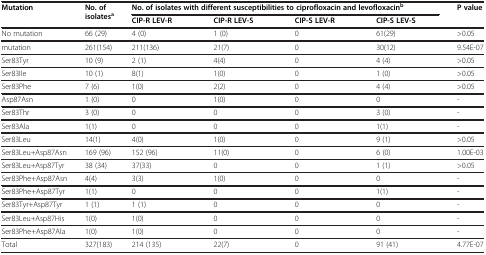
<table><thead><tr><td rowspan="2"><b>Mutation</b></td><td rowspan="2"><b>No. of isolates<sup>a</sup></b></td><td colspan="4"><b>No. of isolates with different susceptibilities to ciprofloxacin and levofloxacin<sup>b</sup></b></td><td rowspan="2"><b>P value</b></td></tr><tr><td><b>CIP-R LEV-R</b></td><td><b>CIP-R LEV-S</b></td><td><b>CIP-S LEV-R</b></td><td><b>CIP-S LEV-S</b></td></tr></thead><tbody><tr><td>No mutation</td><td>66 (29)</td><td>4 (0)</td><td>1 (0)</td><td>0</td><td>61(29)</td><td>&gt;0.05</td></tr><tr><td>mutation</td><td>261(154)</td><td>211(136)</td><td>21(7)</td><td>0</td><td>30(12)</td><td>9.54E-07</td></tr><tr><td>Ser83Tyr</td><td>10 (9)</td><td>2 (1)</td><td>4(4)</td><td>0</td><td>4 (4)</td><td>&gt;0.05</td></tr><tr><td>Ser83Ile</td><td>10 (1)</td><td>8(1)</td><td>1(0)</td><td>0</td><td>1 (0)</td><td>&gt;0.05</td></tr><tr><td>Ser83Phe</td><td>7 (6)</td><td>1(0)</td><td>2(2)</td><td>0</td><td>4 (4)</td><td>&gt;0.05</td></tr><tr><td>Asp87Asn</td><td>1 (0)</td><td>0</td><td>1(0)</td><td>0</td><td>0</td><td>-</td></tr><tr><td>Ser83Thr</td><td>3 (0)</td><td>0</td><td>0</td><td>0</td><td>3 (0)</td><td>-</td></tr><tr><td>Ser83Ala</td><td>1(1)</td><td>0</td><td>0</td><td>0</td><td>1(1)</td><td>-</td></tr><tr><td>Ser83Leu</td><td>14(1)</td><td>4(0)</td><td>1(0)</td><td>0</td><td>9 (1)</td><td>&gt;0.05</td></tr><tr><td>Ser83Leu+Asp87Asn</td><td>169 (96)</td><td>152 (96)</td><td>11(0)</td><td>0</td><td>6 (0)</td><td>1.00E-03</td></tr><tr><td>Ser83Leu+Asp87Tyr</td><td>38 (34)</td><td>37(33)</td><td>0</td><td>0</td><td>1 (1)</td><td>&gt;0.05</td></tr><tr><td>Ser83Phe+Asp87Asn</td><td>4(4)</td><td>3(3)</td><td>1(0)</td><td>0</td><td>0</td><td>-</td></tr><tr><td>Ser83Phe+Asp87Tyr</td><td>1(1)</td><td>0</td><td>0</td><td>0</td><td>1(1)</td><td>-</td></tr><tr><td>Ser83Tyr+Asp87Tyr</td><td>1 (1)</td><td>1 (1)</td><td>0</td><td>0</td><td>0</td><td>-</td></tr><tr><td>Ser83Leu+Asp87His</td><td>1(0)</td><td>1(0)</td><td>0</td><td>0</td><td>0</td><td>-</td></tr><tr><td>Ser83Phe+Asp87Ala</td><td>1(0)</td><td>1(0)</td><td>0</td><td>0</td><td>0</td><td>-</td></tr><tr><td>Total</td><td>327(183)</td><td>214 (135)</td><td>22(7)</td><td>0</td><td>91 (41)</td><td>4.77E-07</td></tr></tbody></table>